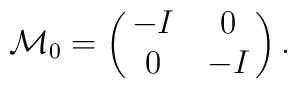
{\cal M}_0 = \pmatrix{-I & 0 \cr0 & -I \cr} .